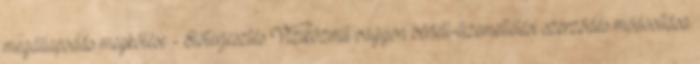
megállapodás megkötése - Előterjesztés Víziközmű vagyon bérleti-üzemeltetési szerződés módosítása